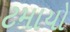
ટમાયો